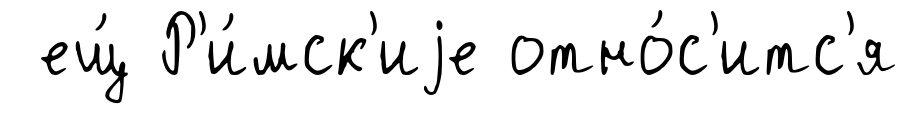
ещ́ Р'и́мск'иjе отно́с'итс'я